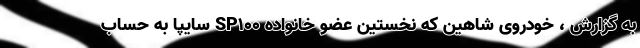
به گزارش ، خودروی شاهین که نخستین عضو خانواده SP100 سایپا به حساب